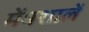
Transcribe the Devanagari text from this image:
मेंमशालें